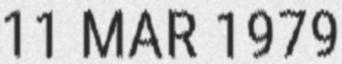
11 MAR 1979